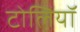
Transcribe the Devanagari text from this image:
टोलियॉ